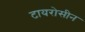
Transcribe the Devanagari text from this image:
टायरोसीन